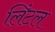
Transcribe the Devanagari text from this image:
लिंटल